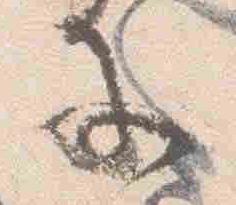
子